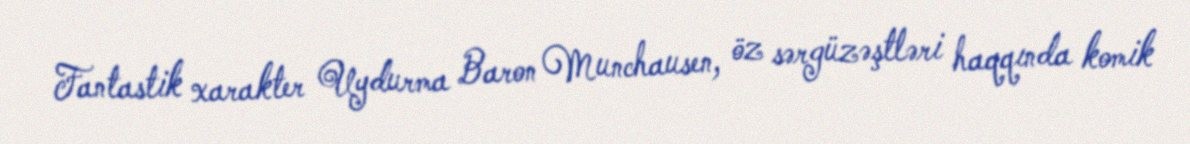
Fantastik xarakter Uydurma Baron Munchausen, öz sərgüzəştləri haqqında komik